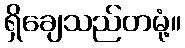
ရှိချေသည်တမုံ့။